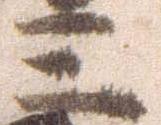
三